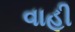
વાહી